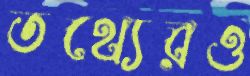
তথ্যেরও